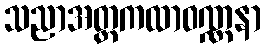
သညာအတ္တကထာဝဏ္ဏနာ